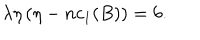
LaTeX: \lambda \eta \left( \eta - n c _ { 1 } ( B ) \right) = 6 .